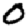
Digit: 0